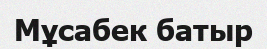
Мұсабек батыр